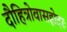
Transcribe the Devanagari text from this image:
दौहित्रोवासहोदरः